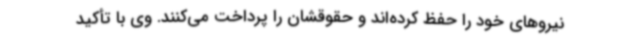
نیروهای خود را حفظ کرده‌اند و حقوقشان را پرداخت می‌کنند. وی با تأکید